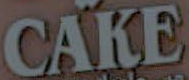
CAKE